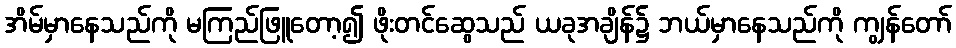
အိမ်မှာနေသည်ကို မကြည်ဖြူတော့၍ ဖိုးတင်ဆွေသည် ယခုအချိန်၌ ဘယ်မှာနေသည်ကို ကျွန်တော်